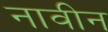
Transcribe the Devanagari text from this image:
नावीन